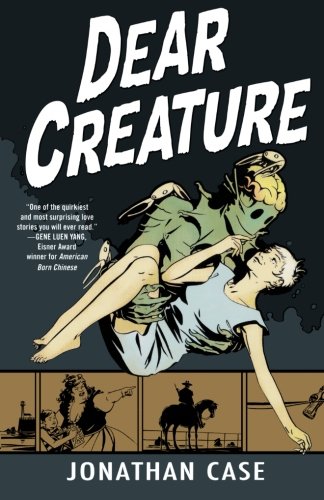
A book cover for Dear Creature; Jonathan Case; Comics & Graphic Novels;